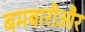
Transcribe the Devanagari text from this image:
बमबारीऔर